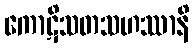
ကောဋိသတသဟဿာနိ